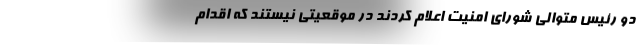
دو رئیس متوالی شورای امنیت اعلام کردند در موقعیتی نیستند که اقدام